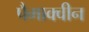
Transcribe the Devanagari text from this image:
पैमाक्वीन